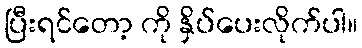
ပြီးရင်တော့ ကို နှိပ်ပေးလိုက်ပါ။